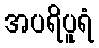
အပရိပူရံ